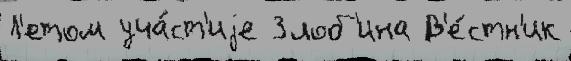
Л'етом уча́ст'иjе Злоб'ина В'е́стн'ик